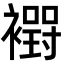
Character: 𮖸